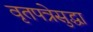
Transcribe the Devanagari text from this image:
वृतपत्रेसुद्धा